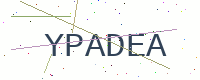
Text: YPADEA